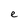
Character: e